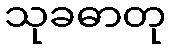
သုခဓာတု